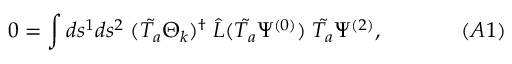
0 = \int d s ^ { 1 } d s ^ { 2 } \; ( \tilde { T _ { a } } \Theta _ { k } ) ^ { \dagger } \; \hat { L } ( \tilde { T _ { a } } \Psi ^ { ( 0 ) } ) \; \tilde { T _ { a } } \Psi ^ { ( 2 ) } , \; \; \; \; \; \; \; \; \; \; \; \; \; ( A 1 )